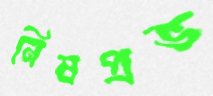
নিষপ্রভ